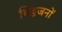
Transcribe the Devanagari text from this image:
विद्वजनों